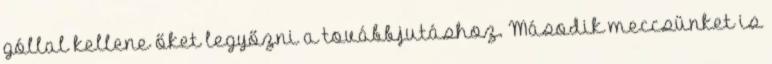
góllal kellene őket legyőzni a továbbjutáshoz. Második meccsünket is